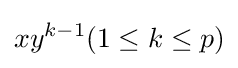
xy^{k-1}(1\leq k\leq p)